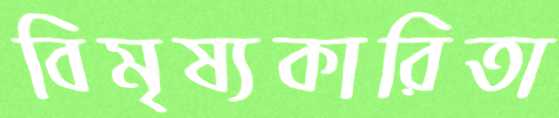
বিমৃষ্যকারিতা